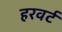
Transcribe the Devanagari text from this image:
हरवर्ट